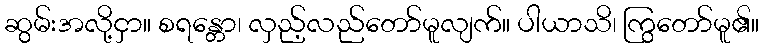
ဆွမ်းအလို့ငှာ။ စရန္တော၊ လှည့်လည်တော်မူလျက်။ ပါယာသိ၊ ကြွတော်မူ၏။